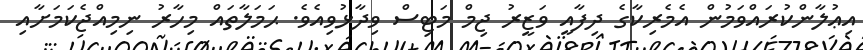
އިޢުލާންކުރައްވަމުން އެމެރިކާގެ ދިފާއީ ވަޒީރު ޖިމް މަޓިސް ވިދާޅުވިއެވެ. ޙަމަލާތައް މިހާރު ނިމިއްޖެކަމަށާއި